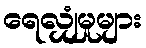
ရေလျှံမှုများ